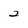
Character: 2